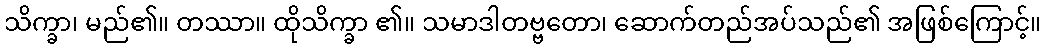
သိက္ခာ၊ မည်၏။ တဿာ။ ထိုသိက္ခာ ၏။ သမာဒါတဗ္ဗတော၊ ဆောက်တည်အပ်သည်၏ အဖြစ်ကြောင့်။